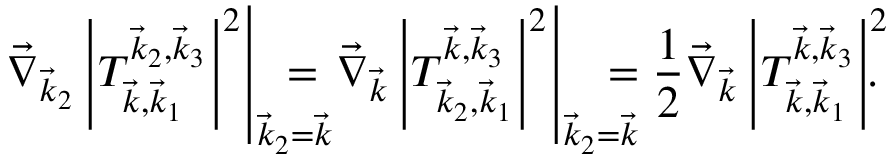
\! \left. \vec { \nabla } _ { \vec { k } _ { 2 } } \left| T _ { \vec { k } , \vec { k } _ { 1 } } ^ { \vec { k } _ { 2 } , \vec { k } _ { 3 } } \right| ^ { 2 } \right| _ { \vec { k } _ { 2 } = \vec { k } } \! \! \! \! \! \! \! \! = \left. \vec { \nabla } _ { \vec { k } } \left| T _ { \vec { k } _ { 2 } , \vec { k } _ { 1 } } ^ { \vec { k } , \vec { k } _ { 3 } } \right| ^ { 2 } \right| _ { \vec { k } _ { 2 } = \vec { k } } \! \! \! \! \! \! = \frac { 1 } { 2 } \vec { \nabla } _ { \vec { k } } \left| T _ { \vec { k } , \vec { k } _ { 1 } } ^ { \vec { k } , \vec { k } _ { 3 } } \right| ^ { 2 } \! \! \! \! .